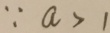
\because a > 1